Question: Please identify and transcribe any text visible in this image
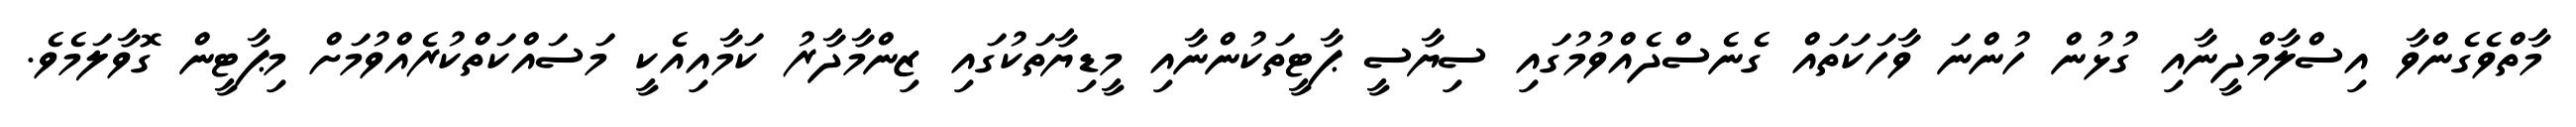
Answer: މާތްވެގެންވާ އިސްލާމްދީނާއި ގުޅުން ހުންނަ ވާހަކަތައް ގެނެސްދެއްވުމުގައި ސިޔާސީ ޕާޓީތަކުންނާއި މީޑިޔާތަކުގައި ޒިންމާދާރު ކަމާއިއެކީ މަސައްކަތްކުރެއްވުމަށް މިޕާޓީން ގޮވާލަމެވެ.